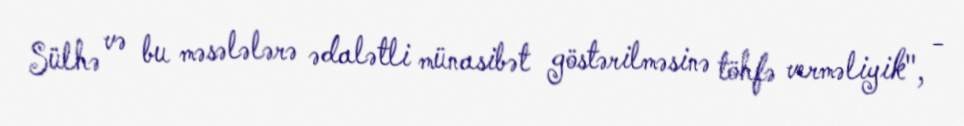
Sülhə və bu məsələlərə ədalətli münasibət göstərilməsinə töhfə verməliyik", -